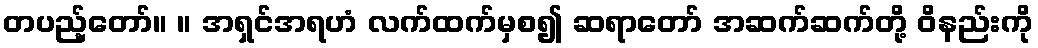
တပည့်တော်။ ။ အရှင်အရဟံ လက်ထက်မှစ၍ ဆရာတော် အဆက်ဆက်တို့ ဝိနည်းကို